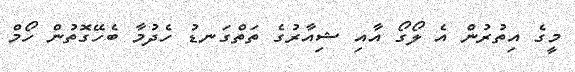
މީގެ އިތުރުން އެ ލޯގޯ އާއި ޝިއާރުގެ ތަތްގަނޑު ހެދުމާ ބެހޭގޮތުން ހޯމް